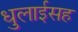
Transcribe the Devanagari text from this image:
धुलाईसह